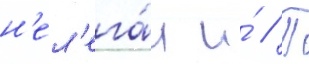
н'ел'ега́л и́ // П